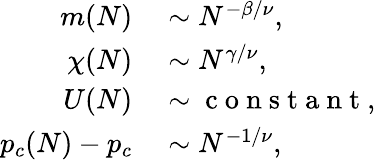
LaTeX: \begin{array}{rl}{m(N)}&{{}\sim N^{-\beta/\nu},}\\ {\chi(N)}&{{}\sim N^{\gamma/\nu},}\\ {U(N)}&{{}\sim\mathrm{~c~o~n~s~t~a~n~t~},}\\ {p_{c}(N)-p_{c}}&{{}\sim N^{-1/\nu},}\end{array}